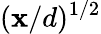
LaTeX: (\mathbf{x}/d)^{1/2}